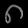
Digit: ၈